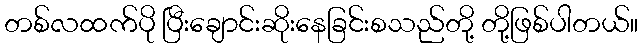
တစ်လထက်ပို ပြီးချောင်းဆိုးနေခြင်းစသည်တို့ တို့ဖြစ်ပါတယ်။